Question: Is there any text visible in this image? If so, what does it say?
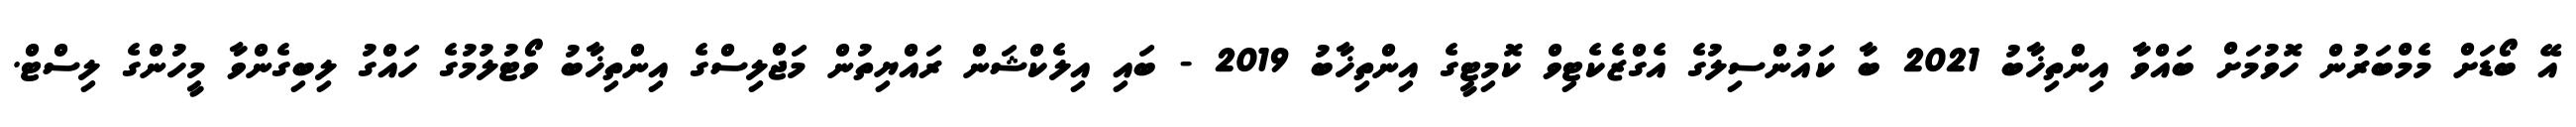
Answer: އޭ ބޯޑަށް މެމްބަރުން ހޮވުމަށް ބައްވާ އިންތިޚާބު 2021 ބާ ކައުންސިލުގެ އެގްޒެކެޓިވް ކޮމިޓީގެ އިންތިޚާބު 2019 - ބައި އިލެކްޝަން ރައްޔިތުން މަޖްލިސްގެ އިންތިޚާބު ވޯޓުލުމުގެ ހައްގު ލިބިގެންވާ މީހުންގެ ލިސްޓް.